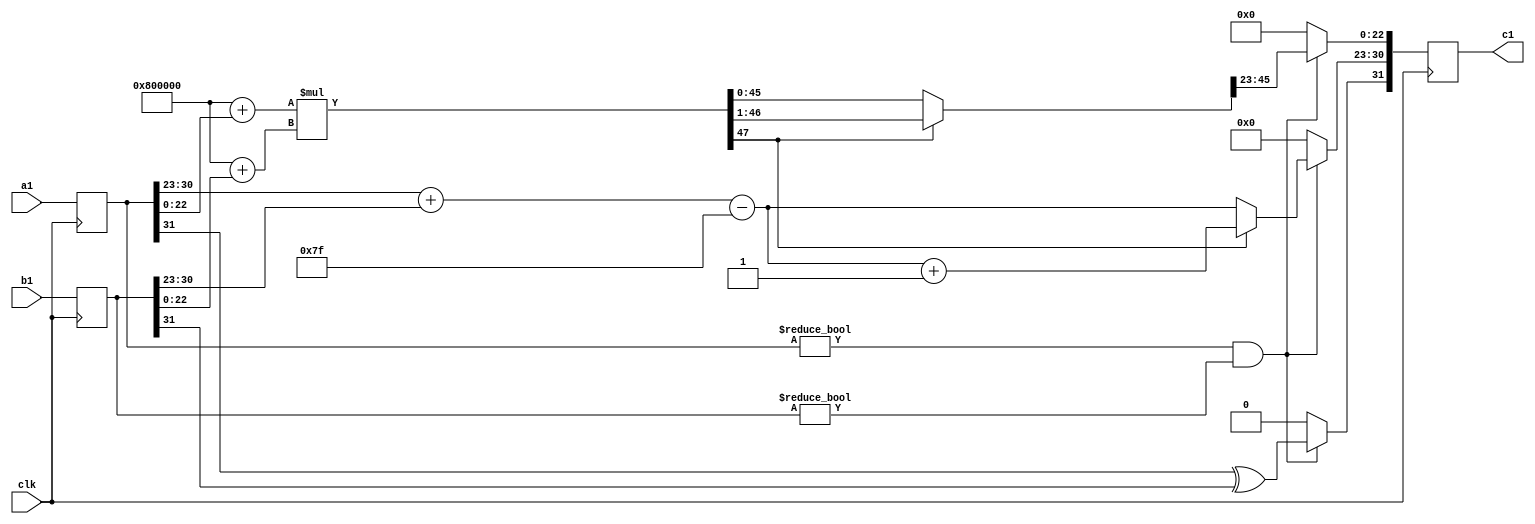
module pes_fmul (
	a1,
	b1,
	c1,
	clk
);
	input wire [31:0] a1;
	input wire [31:0] b1;
	output reg [31:0] c1;
	input wire clk;
	reg [31:0] a;
	reg [31:0] b;
	reg [31:0] c;
	always @(posedge clk) begin
		a <= a1;
		b <= b1;
		c1 <= c;
	end
	always @(*) begin : sv2v_autoblock_1
		reg sa;
		reg sb;
		reg sc;
		reg [7:0] ea;
		reg [7:0] eb;
		reg [7:0] ef;
		reg [7:0] ec;
		reg [23:0] ma;
		reg [23:0] mb;
		reg [22:0] mc;
		reg [48:0] d;
		sa = a[31];
		sb = b[31];
		sc = sa ^ sb;
		ea = a[30:23];
		eb = b[30:23];
		ef = ea + eb;
		ma = 24'b100000000000000000000000 + a[22:0];
		mb = 24'b100000000000000000000000 + b[22:0];
		mc = 23'b00000000000000000000000;
		d = ma;
		ec = ef - 8'b01111111;
		d = ma * mb;
		if (d[47] == 1'b1) begin
			ec = ec + 1;
			d = d >> 1;
		end
		if ((a != 0) && (b != 0)) begin
			c[31] = sc;
			c[30:23] = ec;
			c[22:0] = d[45:23];
		end
		else
			c = 0;
	end
endmodule